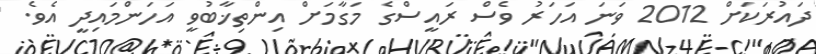
ދައުރަކަށް 2012 ވަނަ އަހަރު ވެސް ރައީސްގެ މަގާމަށް އިންތިޚާބުވީ އަހަންމައިދީ އެވެ.